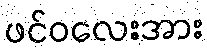
ဖင်ဝလေးအား